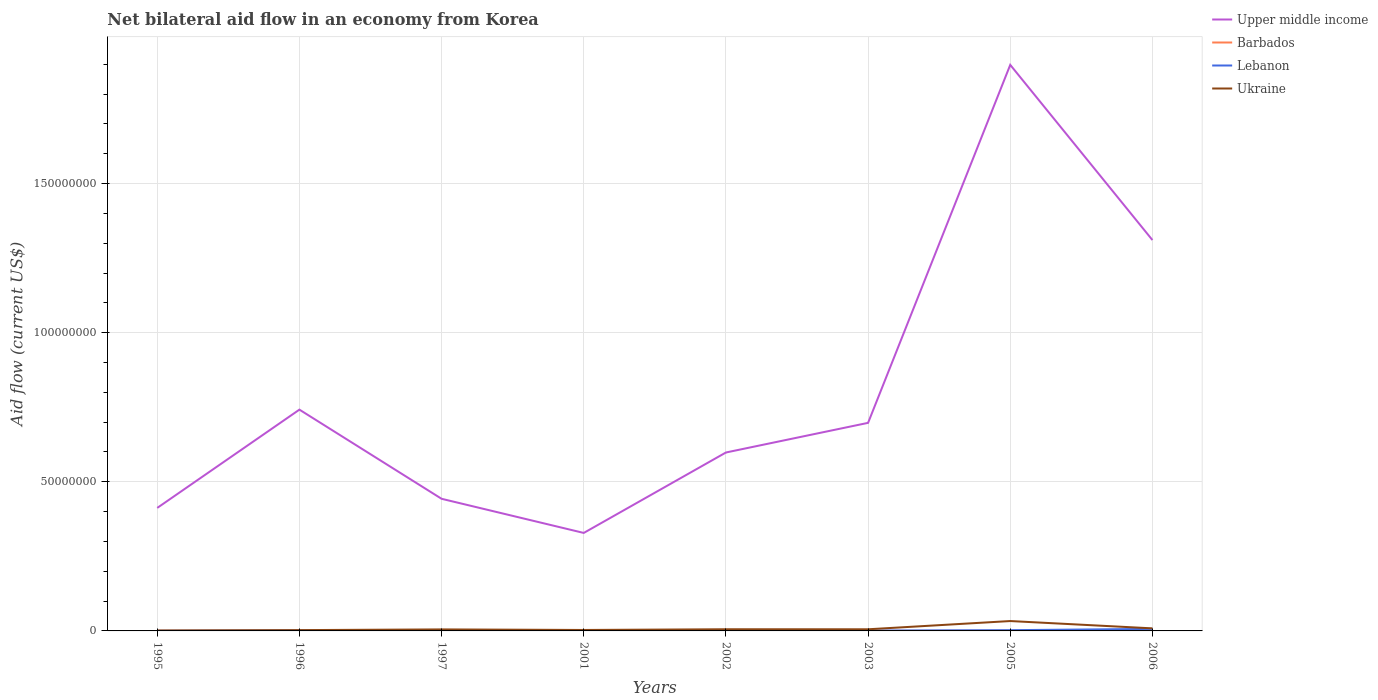
| Years | Upper middle income | Barbados | Lebanon | Ukraine |
 | --- | --- | --- | --- | --- |
 | 1995 | 4.12e+07 | 3e+04 | 3e+04 | 1.4e+05 |
 | 1996 | 7.42e+07 | 3e+04 | 1.5e+05 | 2.7e+05 |
 | 1997 | 4.43e+07 | 2e+04 | 1.2e+05 | 5.1e+05 |
 | 2001 | 3.28e+07 | 1e+04 | 8e+04 | 3.2e+05 |
 | 2002 | 5.98e+07 | 9e+04 | 9e+04 | 5.6e+05 |
 | 2003 | 6.98e+07 | 1e+04 | 1.2e+05 | 5.5e+05 |
 | 2005 | 1.9e+08 | 5e+04 | 2.5e+05 | 3.31e+06 |
 | 2006 | 1.31e+08 | 5e+04 | 6.8e+05 | 8.6e+05 |